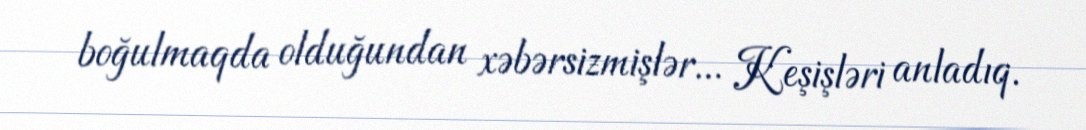
boğulmaqda olduğundan xəbərsizmişlər... Keşişləri anladıq.